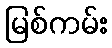
မြစ်ကမ်း